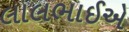
લાલભાઈએ